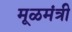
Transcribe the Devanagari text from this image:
मूळमंत्री